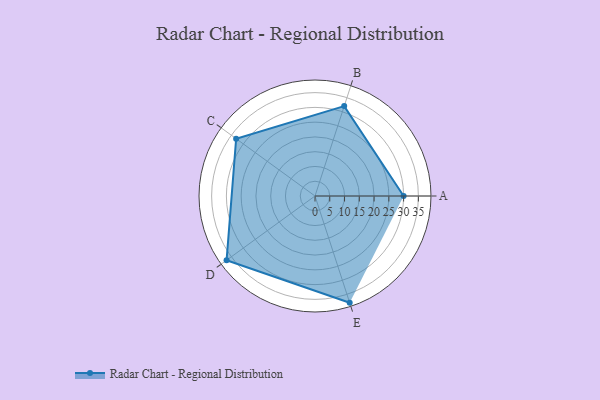
{"axis": {"x": "Skill", "y": "Score"}, "legend": ["Profile"], "data": [{"x": "A", "y": 30.0, "type": "Profile"}, {"x": "B", "y": 32.0, "type": "Profile"}, {"x": "C", "y": 33.0, "type": "Profile"}, {"x": "D", "y": 37.0, "type": "Profile"}, {"x": "E", "y": 38.0, "type": "Profile"}]}